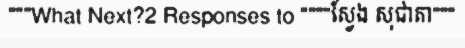
"""What Next?2 Responses to """"ស្វែង សុជាតា"""